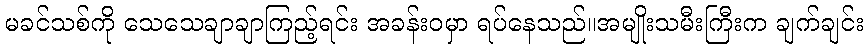
မခင်သစ်ကို သေသေချာချာကြည့်ရင်း အခန်းဝမှာ ရပ်နေသည်။အမျိုးသမီးကြီးက ချက်ချင်း